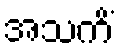
အသကိံ